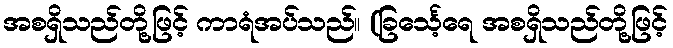
အစရှိသည်တို့ဖြင့် ကာရံအပ်သည်။ (ခြင်္သေ့ရေ အစရှိသည်တို့ဖြင့်